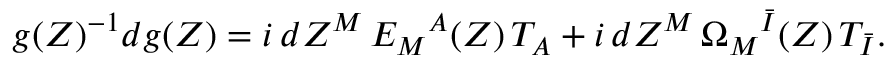
g ( Z ) ^ { - 1 } d g ( Z ) = i \, d Z ^ { M } \, E _ { M } { } ^ { A } ( Z ) \, T _ { A } + i \, d Z ^ { M } \, \Omega _ { M } { } ^ { \bar { I } } ( Z ) \, T _ { \bar { I } } .